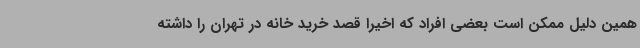
همین دلیل ممکن است بعضی افراد که اخیرا قصد خرید خانه در تهران را داشته